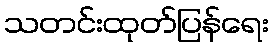
သတင်းထုတ်ပြန်ရေး